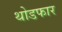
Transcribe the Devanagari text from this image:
थोडफार